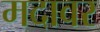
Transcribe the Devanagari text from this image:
मदावर